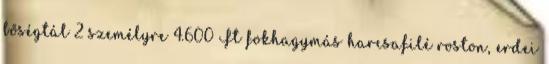
bőségtál 2 személyre 4.600 Ft fokhagymás harcsafilé roston, erdei